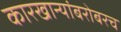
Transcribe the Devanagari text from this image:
कारखान्यांबरोबरच